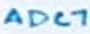
Text: ADC7